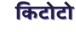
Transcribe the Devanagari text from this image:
किटोटो